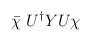
LaTeX: \begin{align*}\bar{\chi}\;U^\dag YU\chi\end{align*}